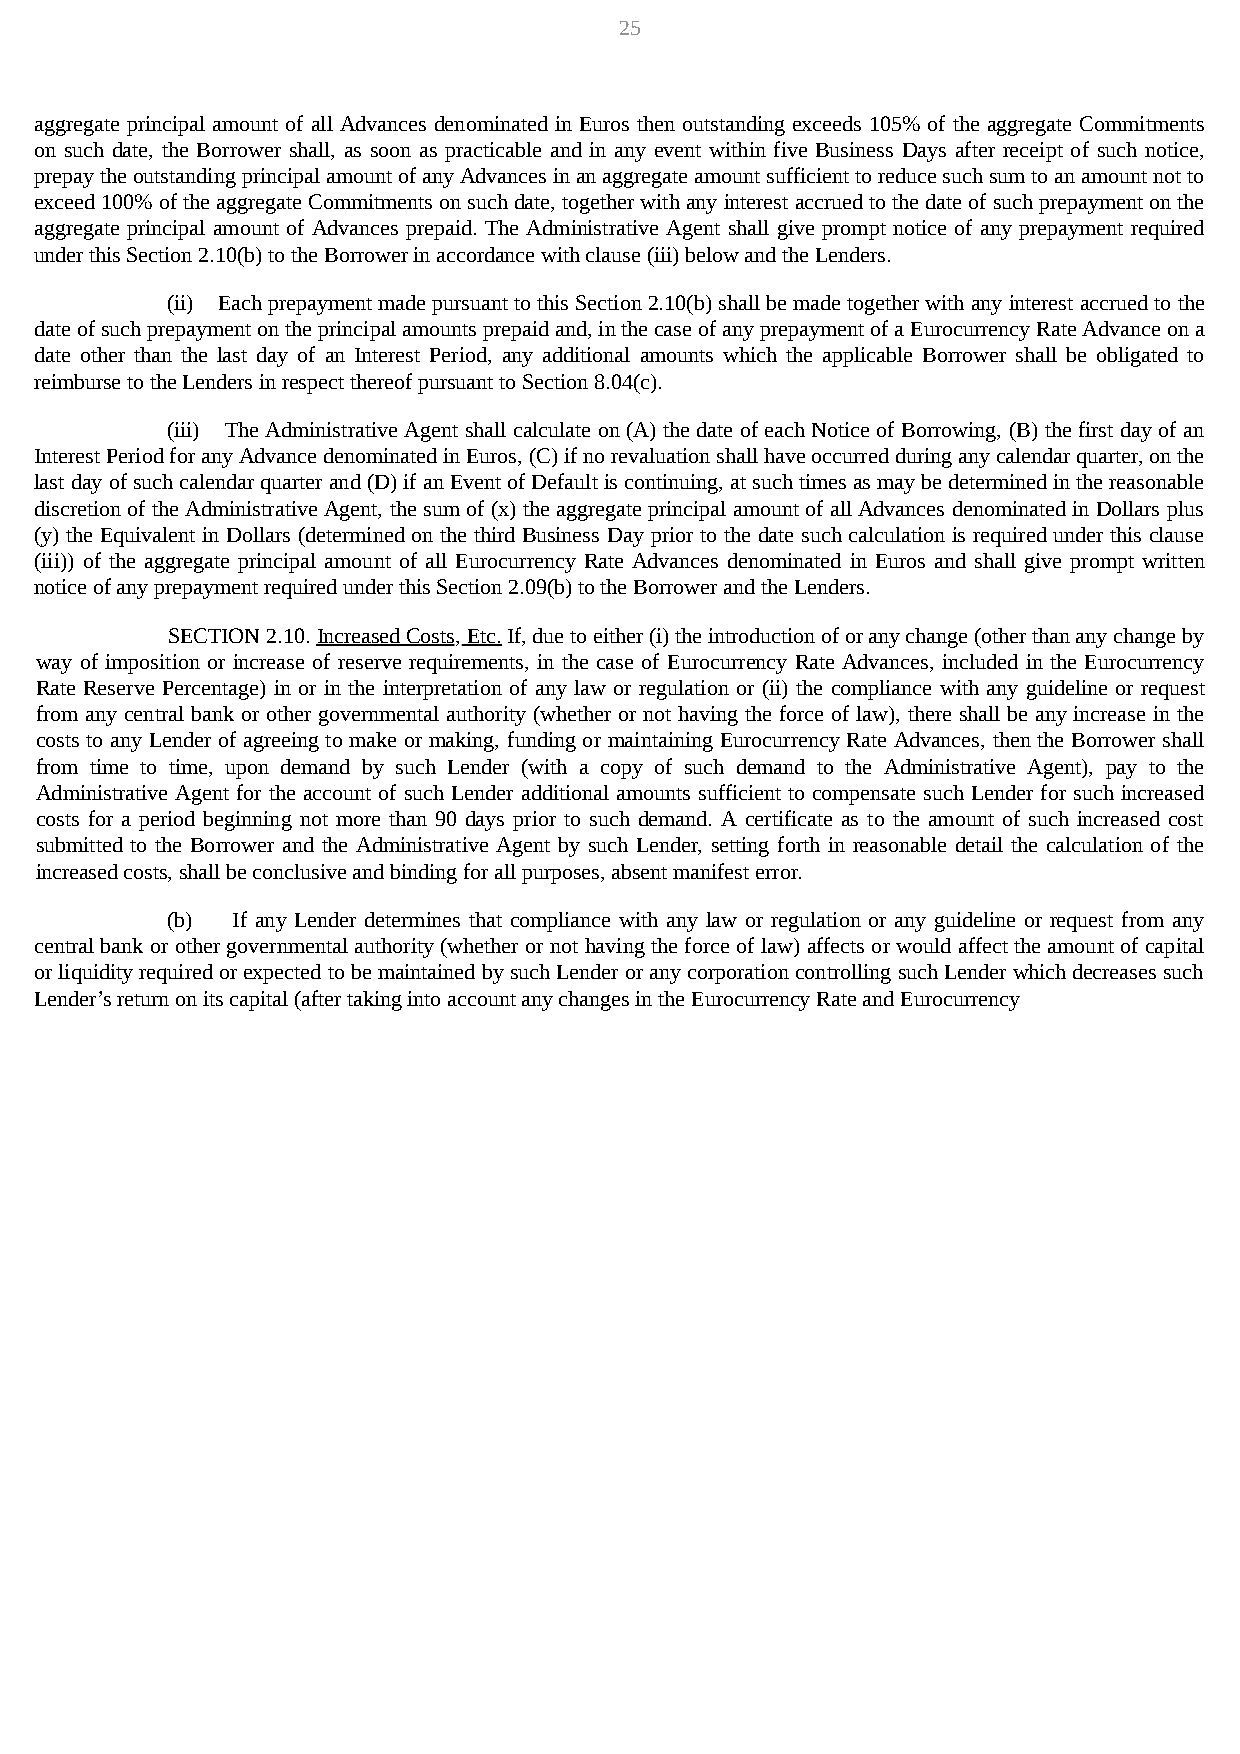
25
 aggregate principal amount of all Advances denominated in Euros then outstanding exceeds 105% of the aggregate Commitments
 on such date, the Borrower shall, as soon as practicable and in any event within five Business Days after receipt of such notice,
 prepay the outstanding principal amount of any Advances in an aggregate amount sufficient to reduce such sum to an amount not to
 exceed 100% of the aggregate Commitments on such date, together with any interest accrued to the date of such prepayment on the
 aggregate principal amount of Advances prepaid. The Administrative Agent shall give prompt notice of any prepayment required
 under this Section 2.10(b) to the Borrower in accordance with clause (iii) below and the Lenders.
 (ii) Each prepayment made pursuant to this Section 2.10(b) shall be made together with any interest accrued to the
 date of such prepayment on the principal amounts prepaid and, in the case of any prepayment of a Eurocurrency Rate Advance on a
 date other than the last day of an Interest Period, any additional amounts which the applicable Borrower shall be obligated to
 reimburse to the Lenders in respect thereof pursuant to Section 8.04(c).
 (iii) The Administrative Agent shall calculate on (A) the date of each Notice of Borrowing, (B) the first day of an
 Interest Period for any Advance denominated in Euros, (C) if no revaluation shall have occurred during any calendar quarter, on the
 last day of such calendar quarter and (D) if an Event of Default is continuing, at such times as may be determined in the reasonable
 discretion of the Administrative Agent, the sum of (x) the aggregate principal amount of all Advances denominated in Dollars plus
 (y) the Equivalent in Dollars (determined on the third Business Day prior to the date such calculation is required under this clause
 (iii)) of the aggregate principal amount of all Eurocurrency Rate Advances denominated in Euros and shall give prompt written
 notice of any prepayment required under this Section 2.09(b) to the Borrower and the Lenders.
 SECTION 2.10. Increased Costs, Etc. If, due to either (i) the introduction of or any change (other than any change by
 way of imposition or increase of reserve requirements, in the case of Eurocurrency Rate Advances, included in the Eurocurrency
 Rate Reserve Percentage) in or in the interpretation of any law or regulation or (ii) the compliance with any guideline or request
 from any central bank or other governmental authority (whether or not having the force of law), there shall be any increase in the
 costs to any Lender of agreeing to make or making, funding or maintaining Eurocurrency Rate Advances, then the Borrower shall
 from time to time, upon demand by such Lender (with a copy of such demand to the Administrative Agent), pay to the
 Administrative Agent for the account of such Lender additional amounts sufficient to compensate such Lender for such increased
 costs for a period beginning not more than 90 days prior to such demand. A certificate as to the amount of such increased cost
 submitted to the Borrower and the Administrative Agent by such Lender, setting forth in reasonable detail the calculation of the
 increased costs, shall be conclusive and binding for all purposes, absent manifest error.
 (b) If any Lender determines that compliance with any law or regulation or any guideline or request from any
 central bank or other governmental authority (whether or not having the force of law) affects or would affect the amount of capital
 or liquidity required or expected to be maintained by such Lender or any corporation controlling such Lender which decreases such
 Lender’s return on its capital (after taking into account any changes in the Eurocurrency Rate and Eurocurrency